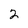
Character: 2